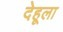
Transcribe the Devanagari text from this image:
देहूला